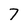
Character: 7